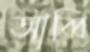
আব্বি